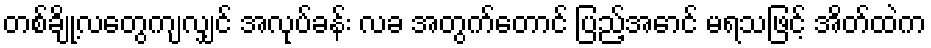
တစ်ချို့လတွေကျလျှင် အလုပ်ခန်း လခ အတွက်တောင် ပြည့်အောင် မရသဖြင့် အိတ်ထဲက